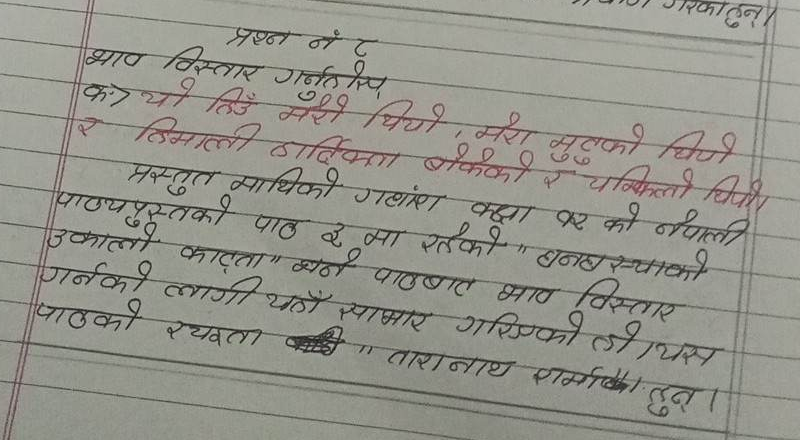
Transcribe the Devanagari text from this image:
प्रश्न नं ८
भाव विस्तार गर्नरुप,
क) यो तिउँ मेरो थियो, मेरो मुटको थियो
र हिमाली ठार्दिकता बोकेको र चम्किलो थियो।
प्रस्तुत माथिको गयांश कक्षा कर को नेपाली
पाठ्यपुस्तकको पाठ २ मा रहेको " वनबस्थाको
उकालो काट्ता" भने पाठबाट भाव विस्तार
गर्नको लागी यहाँ साभार गरिएको हो । यस
पाठको रथरता की "तारानाथ शर्माका हुन्।